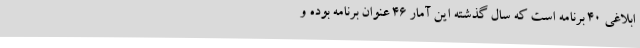
ابلاغی 40 برنامه است که سال گذشته این آمار 46 عنوان برنامه بوده و